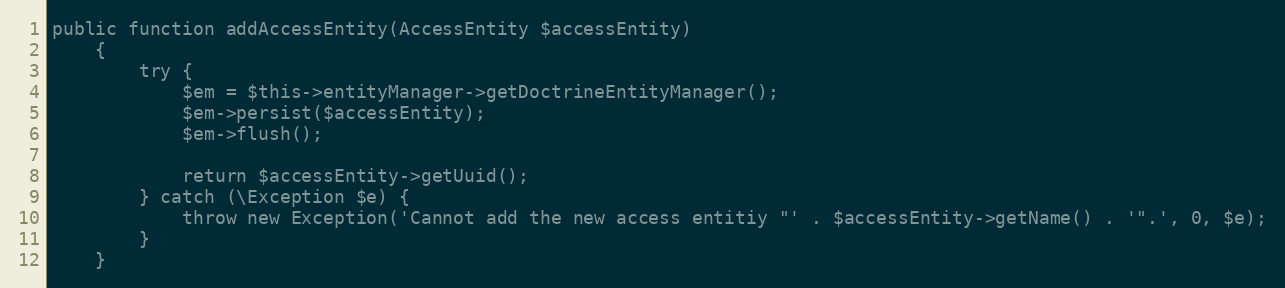
Language: PHP
public function addAccessEntity(AccessEntity $accessEntity)
    {
        try {
            $em = $this->entityManager->getDoctrineEntityManager();
            $em->persist($accessEntity);
            $em->flush();

            return $accessEntity->getUuid();
        } catch (\Exception $e) {
            throw new Exception('Cannot add the new access entitiy "' . $accessEntity->getName() . '".', 0, $e);
        }
    }